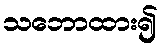
သဘောထား၍